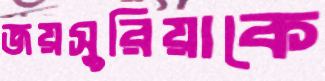
জয়সুরিয়াকে